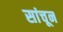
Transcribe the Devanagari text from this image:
सांचून